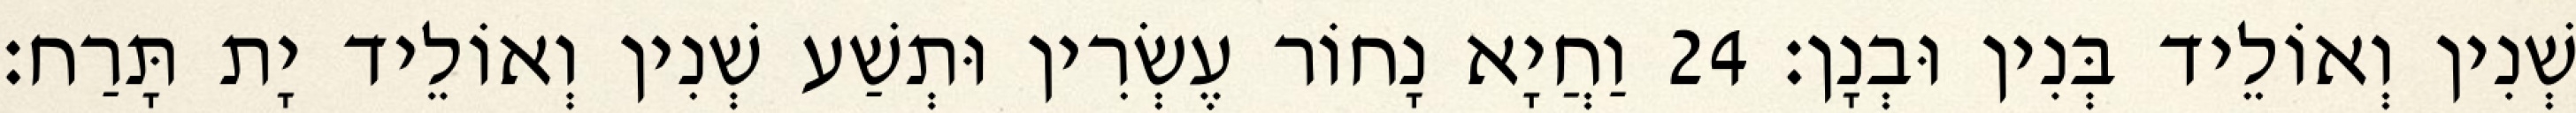
שְׁנִין וְאוֹלֵיד בְּנִין וּבְנָן׃ 24 וַחֲיָא נָחוֹר עֶשְׂרִין וּתְשַׁע שְׁנִין וְאוֹלֵיד יָת תָּרַח׃